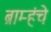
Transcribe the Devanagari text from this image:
ब्राम्हंचे